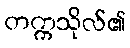
တက္ကသိုလ်၏